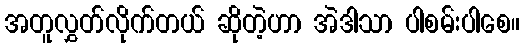
အတူလွှတ်လိုက်တယ် ဆိုတဲ့ဟာ အဲဒါသာ ပါစမ်းပါစေ။